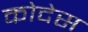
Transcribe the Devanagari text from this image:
कोदेस